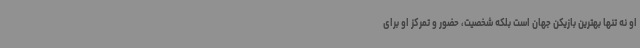
او نه تنها بهترین بازیکن جهان است بلکه شخصیت، حضور و تمرکز او برای